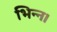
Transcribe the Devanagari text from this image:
भिन्‍न।